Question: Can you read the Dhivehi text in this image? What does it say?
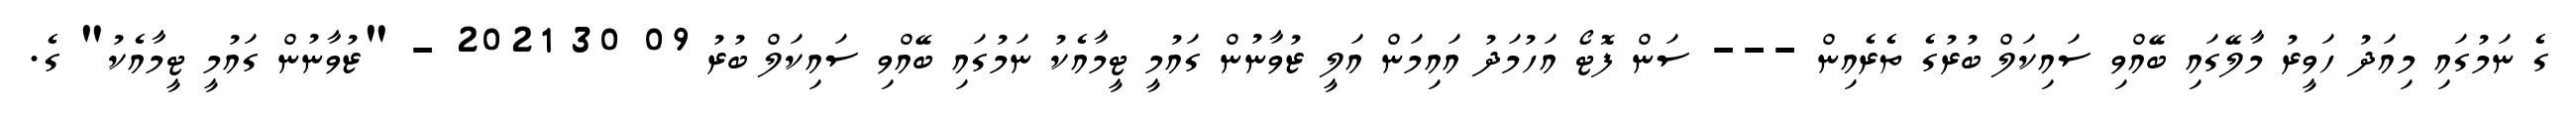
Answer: ގެ ނަމުގައި މިއަދު ހަވީރު މާލޭގައި ބޭއްވި ސައިކަލް ބުރުގެ ތެރެއިން --- ސަން ފޮޓޯ އަހުމަދު އައިމަން އަލީ ޒުވާނުން ގައުމީ ޓީމާއެކު ނަމުގައި ބޭއްވި ސައިކަލް ބުރު 09 30 2021 - "ޒުވާނުން ގައުމީ ޓީމާއެކު" ގެ.